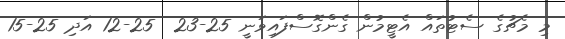
މި މެޗުގެ ސެޓުތައް އެޓީމުން ގެންގޮސްފައިވަނީ 25-23  25-12 އަދި 25-15